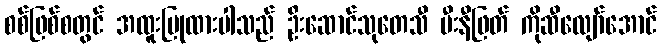
စစ်ဖြစ်စတွင် အထူးပြုထားပါသည် ဦးဆောင်သုတေသီ မီးနီဖြတ် ကိုဆီလျော်အောင်